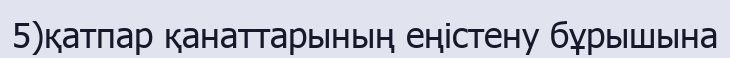
5)қатпар қанаттарының еңістену бұрышына